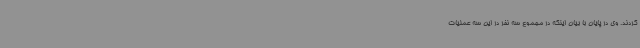
کردند. وی در پایان با بیان اینکه در مجموع سه نفر در این سه عملیات